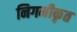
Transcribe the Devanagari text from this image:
निगमीकृत